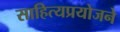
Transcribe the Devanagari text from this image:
साहित्यप्रयोजने